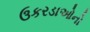
ઉકરડાઓનો